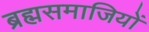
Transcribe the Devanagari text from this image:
ब्रह्मसमाजियों